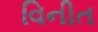
વિનીત